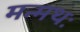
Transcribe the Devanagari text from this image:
मन्मथः